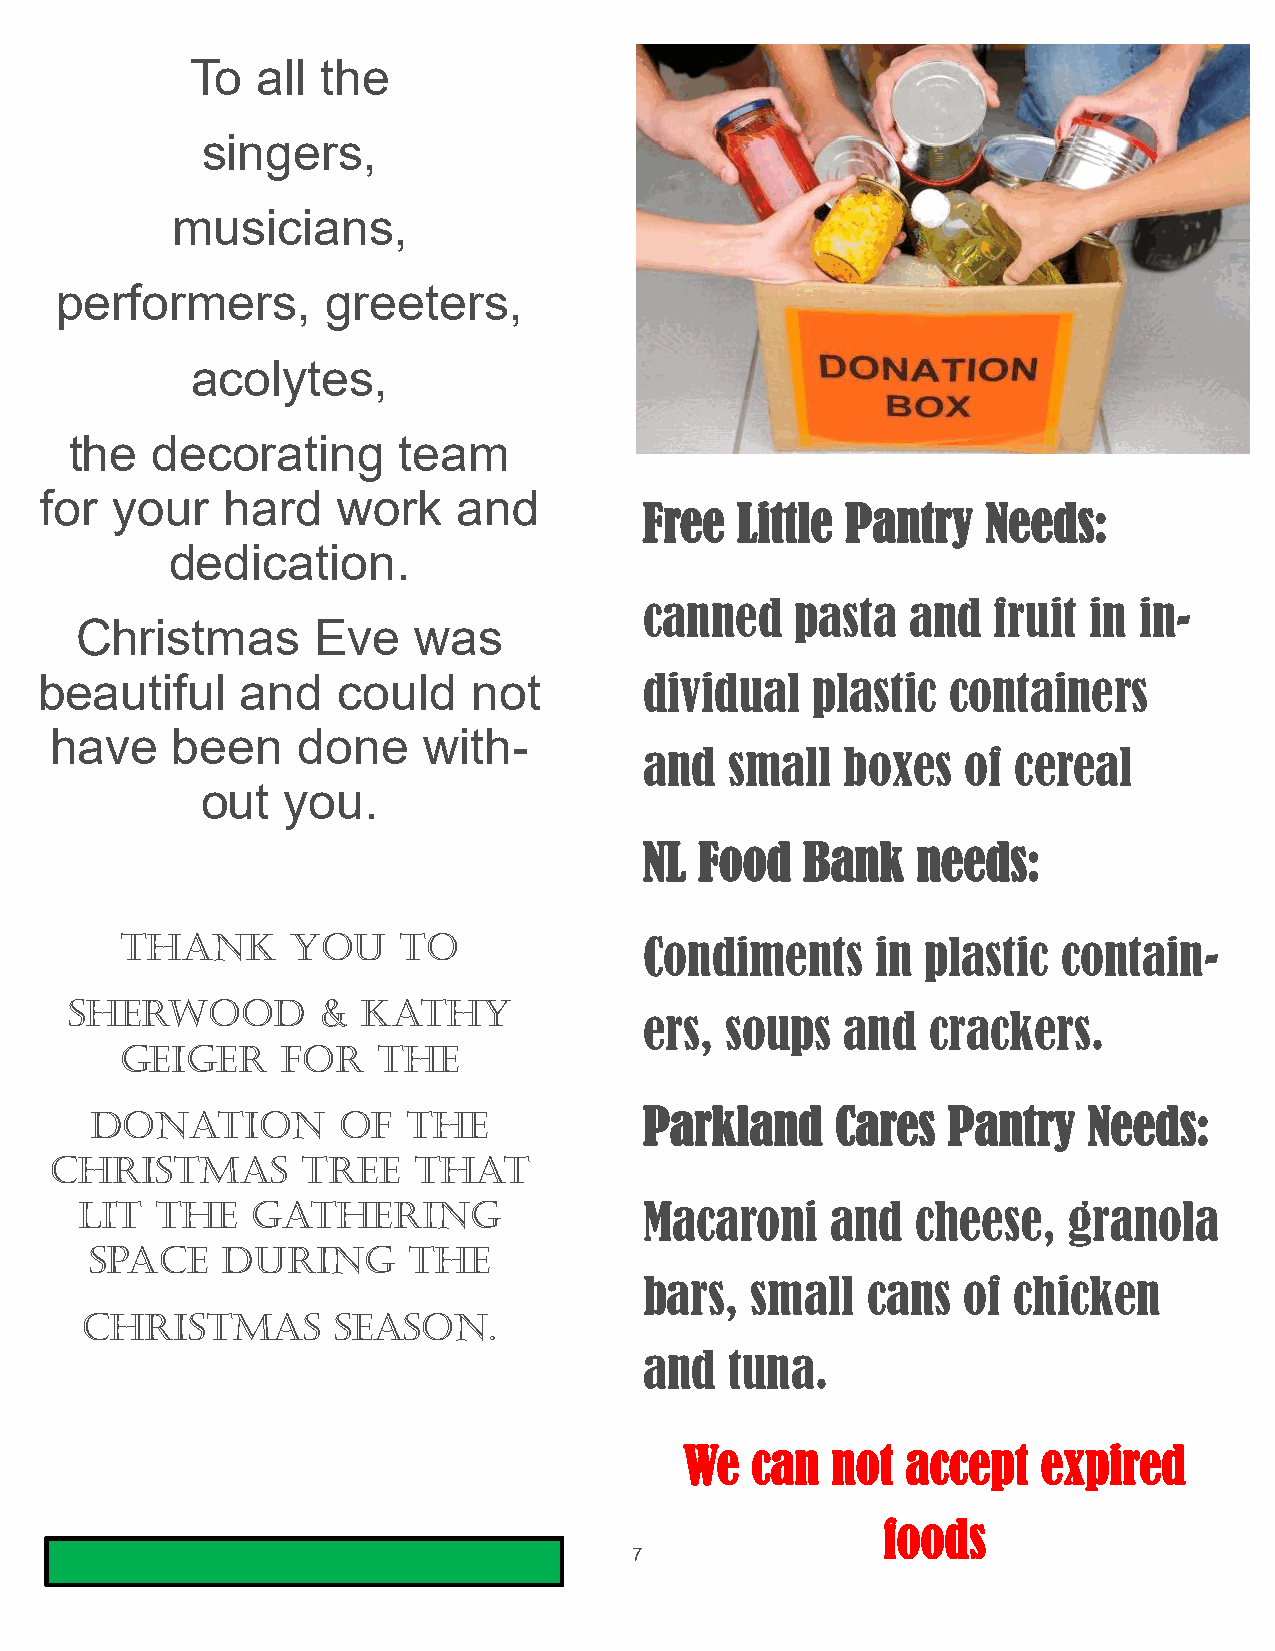
To  all the
 singers,
 musicians,
 performers,       greeters,
 acolytes,
 the  decorating      team
 for your    hard   work    and
 Free  Little Pantry   Needs:
 dedication.
 canned    pasta  and   fruit in in-
 Christmas       Eve   was
 beautiful     and   could    not         dividual   plastic  containers
 have    been     done    with-
 and  small   boxes   of cereal
 out   you.
 NL Food   Bank    needs:
 Thank      you    to
 Condiments     in plastic  contain-
 Sherwood         &  Kathy
 ers, soups   and  crackers.
 Geiger     for   the
 donation        of   the             Parkland    Cares   Pantry   Needs:
 Christmas        tree   that
 lit  the    gathering                 Macaroni    and   cheese,   granola
 space    during      the
 bars,  small  cans   of chicken
 Christmas        season.
 and  tuna.
 We   can  not  accept   expired
 foods
 7